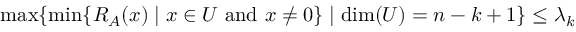
\operatorname* { m a x } \{ \operatorname* { m i n } \{ R _ { A } ( x ) \mid x \in U { \mathrm { ~ a n d ~ } } x \neq 0 \} \mid \dim ( U ) = n - k + 1 \} \leq \lambda _ { k }